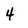
Character: 4